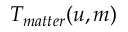
T _ { m a t t e r } ( u , m )